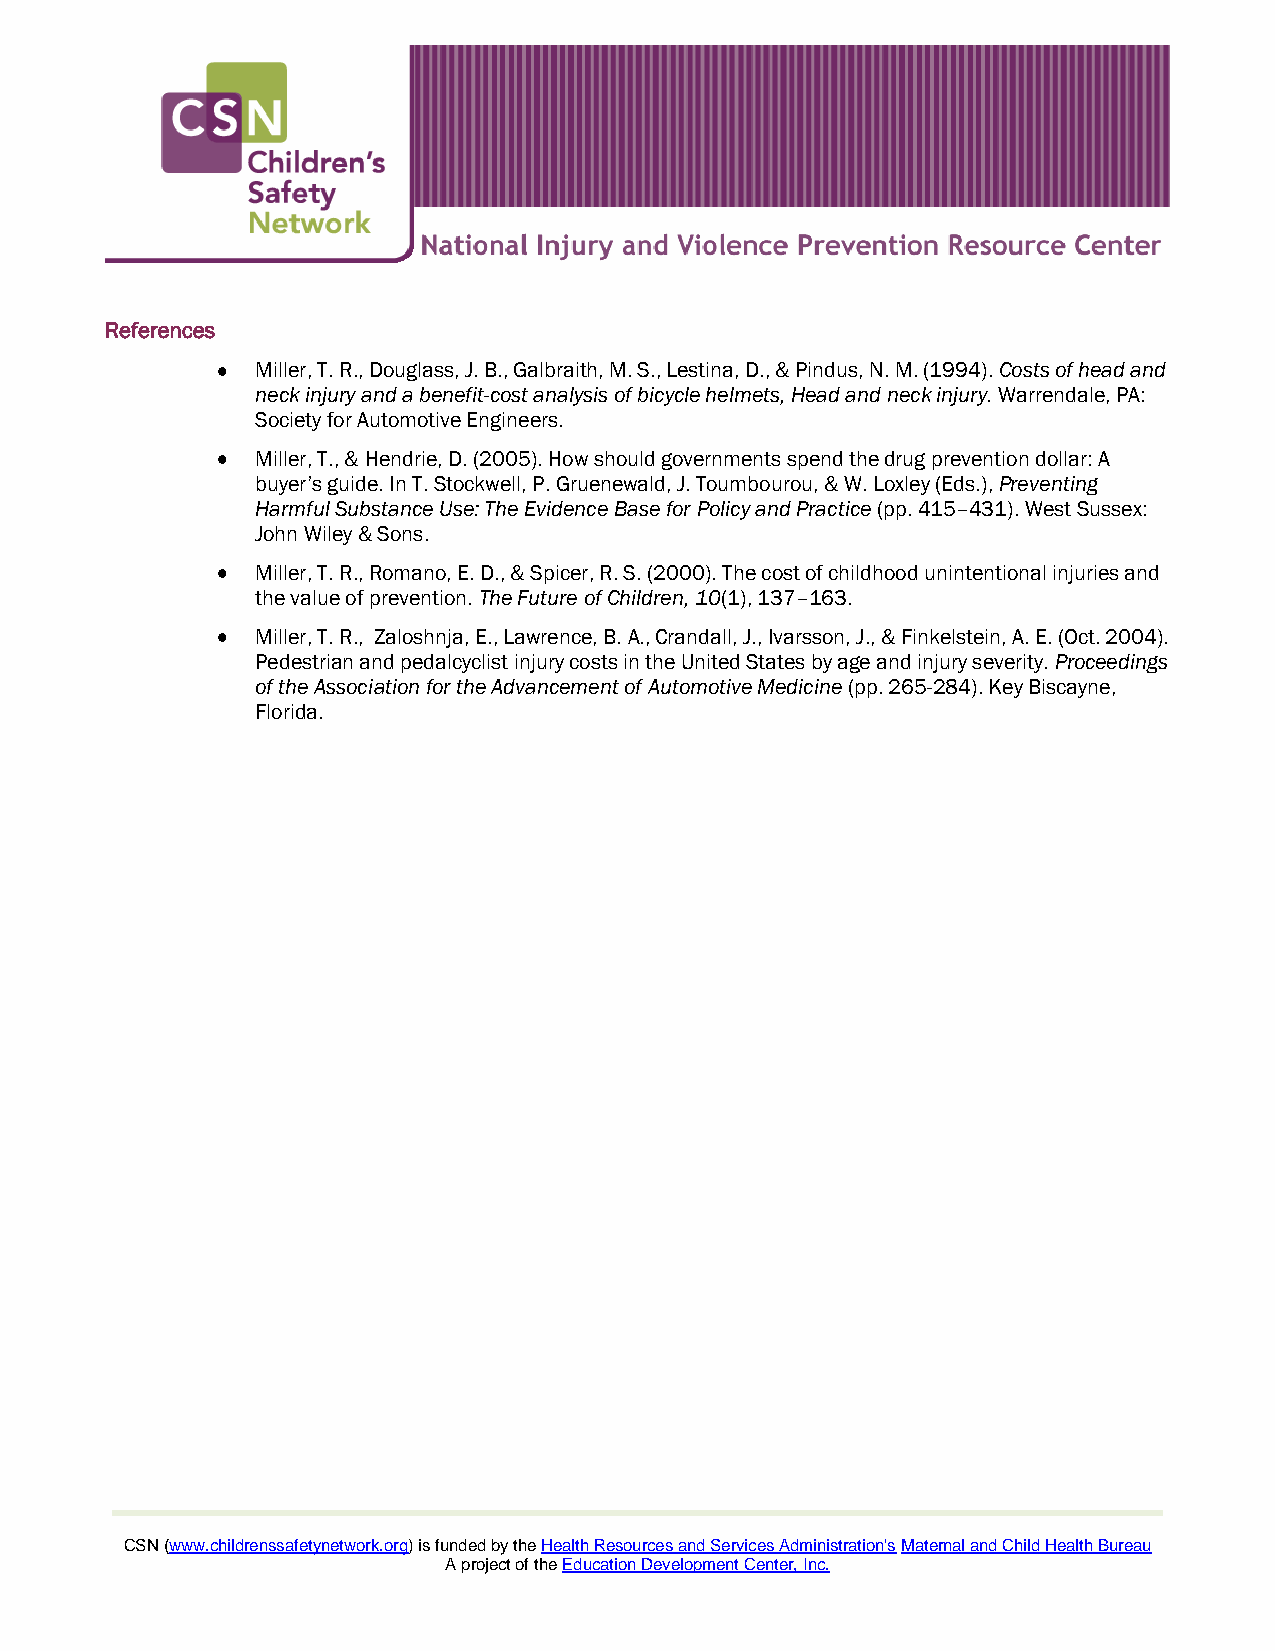
References
 Miller, T. R., Douglass, J. B., Galbraith, M. S., Lestina, D., & Pindus, N. M. (1994). Costs of head and
 neck injury and a benefit-cost analysis of bicycle helmets, Head and neck injury. Warrendale, PA:
 Society for Automotive Engineers.
 Miller, T., & Hendrie, D. (2005). How should governments spend the drug prevention dollar: A
 buyer’s guide. In T. Stockwell, P. Gruenewald, J. Toumbourou, & W. Loxley (Eds.), Preventing
 Harmful Substance Use: The Evidence Base for Policy and Practice (pp. 415–431). West Sussex:
 John Wiley & Sons.
 Miller, T. R., Romano, E. D., & Spicer, R. S. (2000). The cost of childhood unintentional injuries and
 the value of prevention. The Future of Children, 10(1), 137–163.
 Miller, T. R., Zaloshnja, E., Lawrence, B. A., Crandall, J., Ivarsson, J., & Finkelstein, A. E. (Oct. 2004).
 Pedestrian and pedalcyclist injury costs in the United States by age and injury severity. Proceedings
 of the Association for the Advancement of Automotive Medicine (pp. 265-284). Key Biscayne,
 Florida.
 CSN (www.childrenssafetynetwork.org) is funded by the Health Resources and Services Administration's Maternal and Child Health Bureau
 A project of the Education Development Center, Inc.